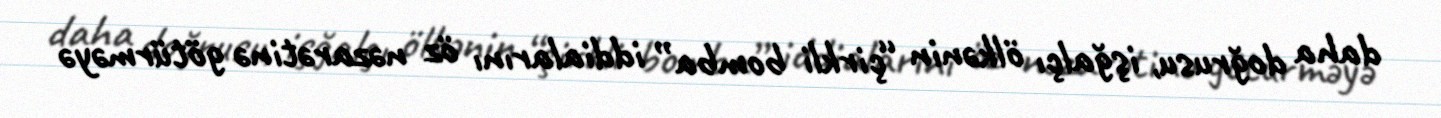
daha doğrusu, işğalçı ölkənin “çirkli bomba” iddialarını öz nəzarətinə götürməyə